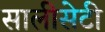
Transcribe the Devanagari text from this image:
सालीसेटी